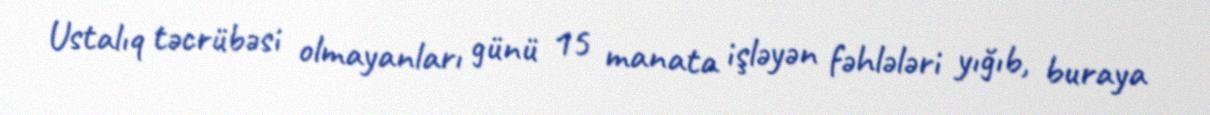
Ustalıq təcrübəsi olmayanları günü 15 manata işləyən fəhlələri yığıb, buraya